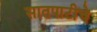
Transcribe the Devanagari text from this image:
सातपाटीचे